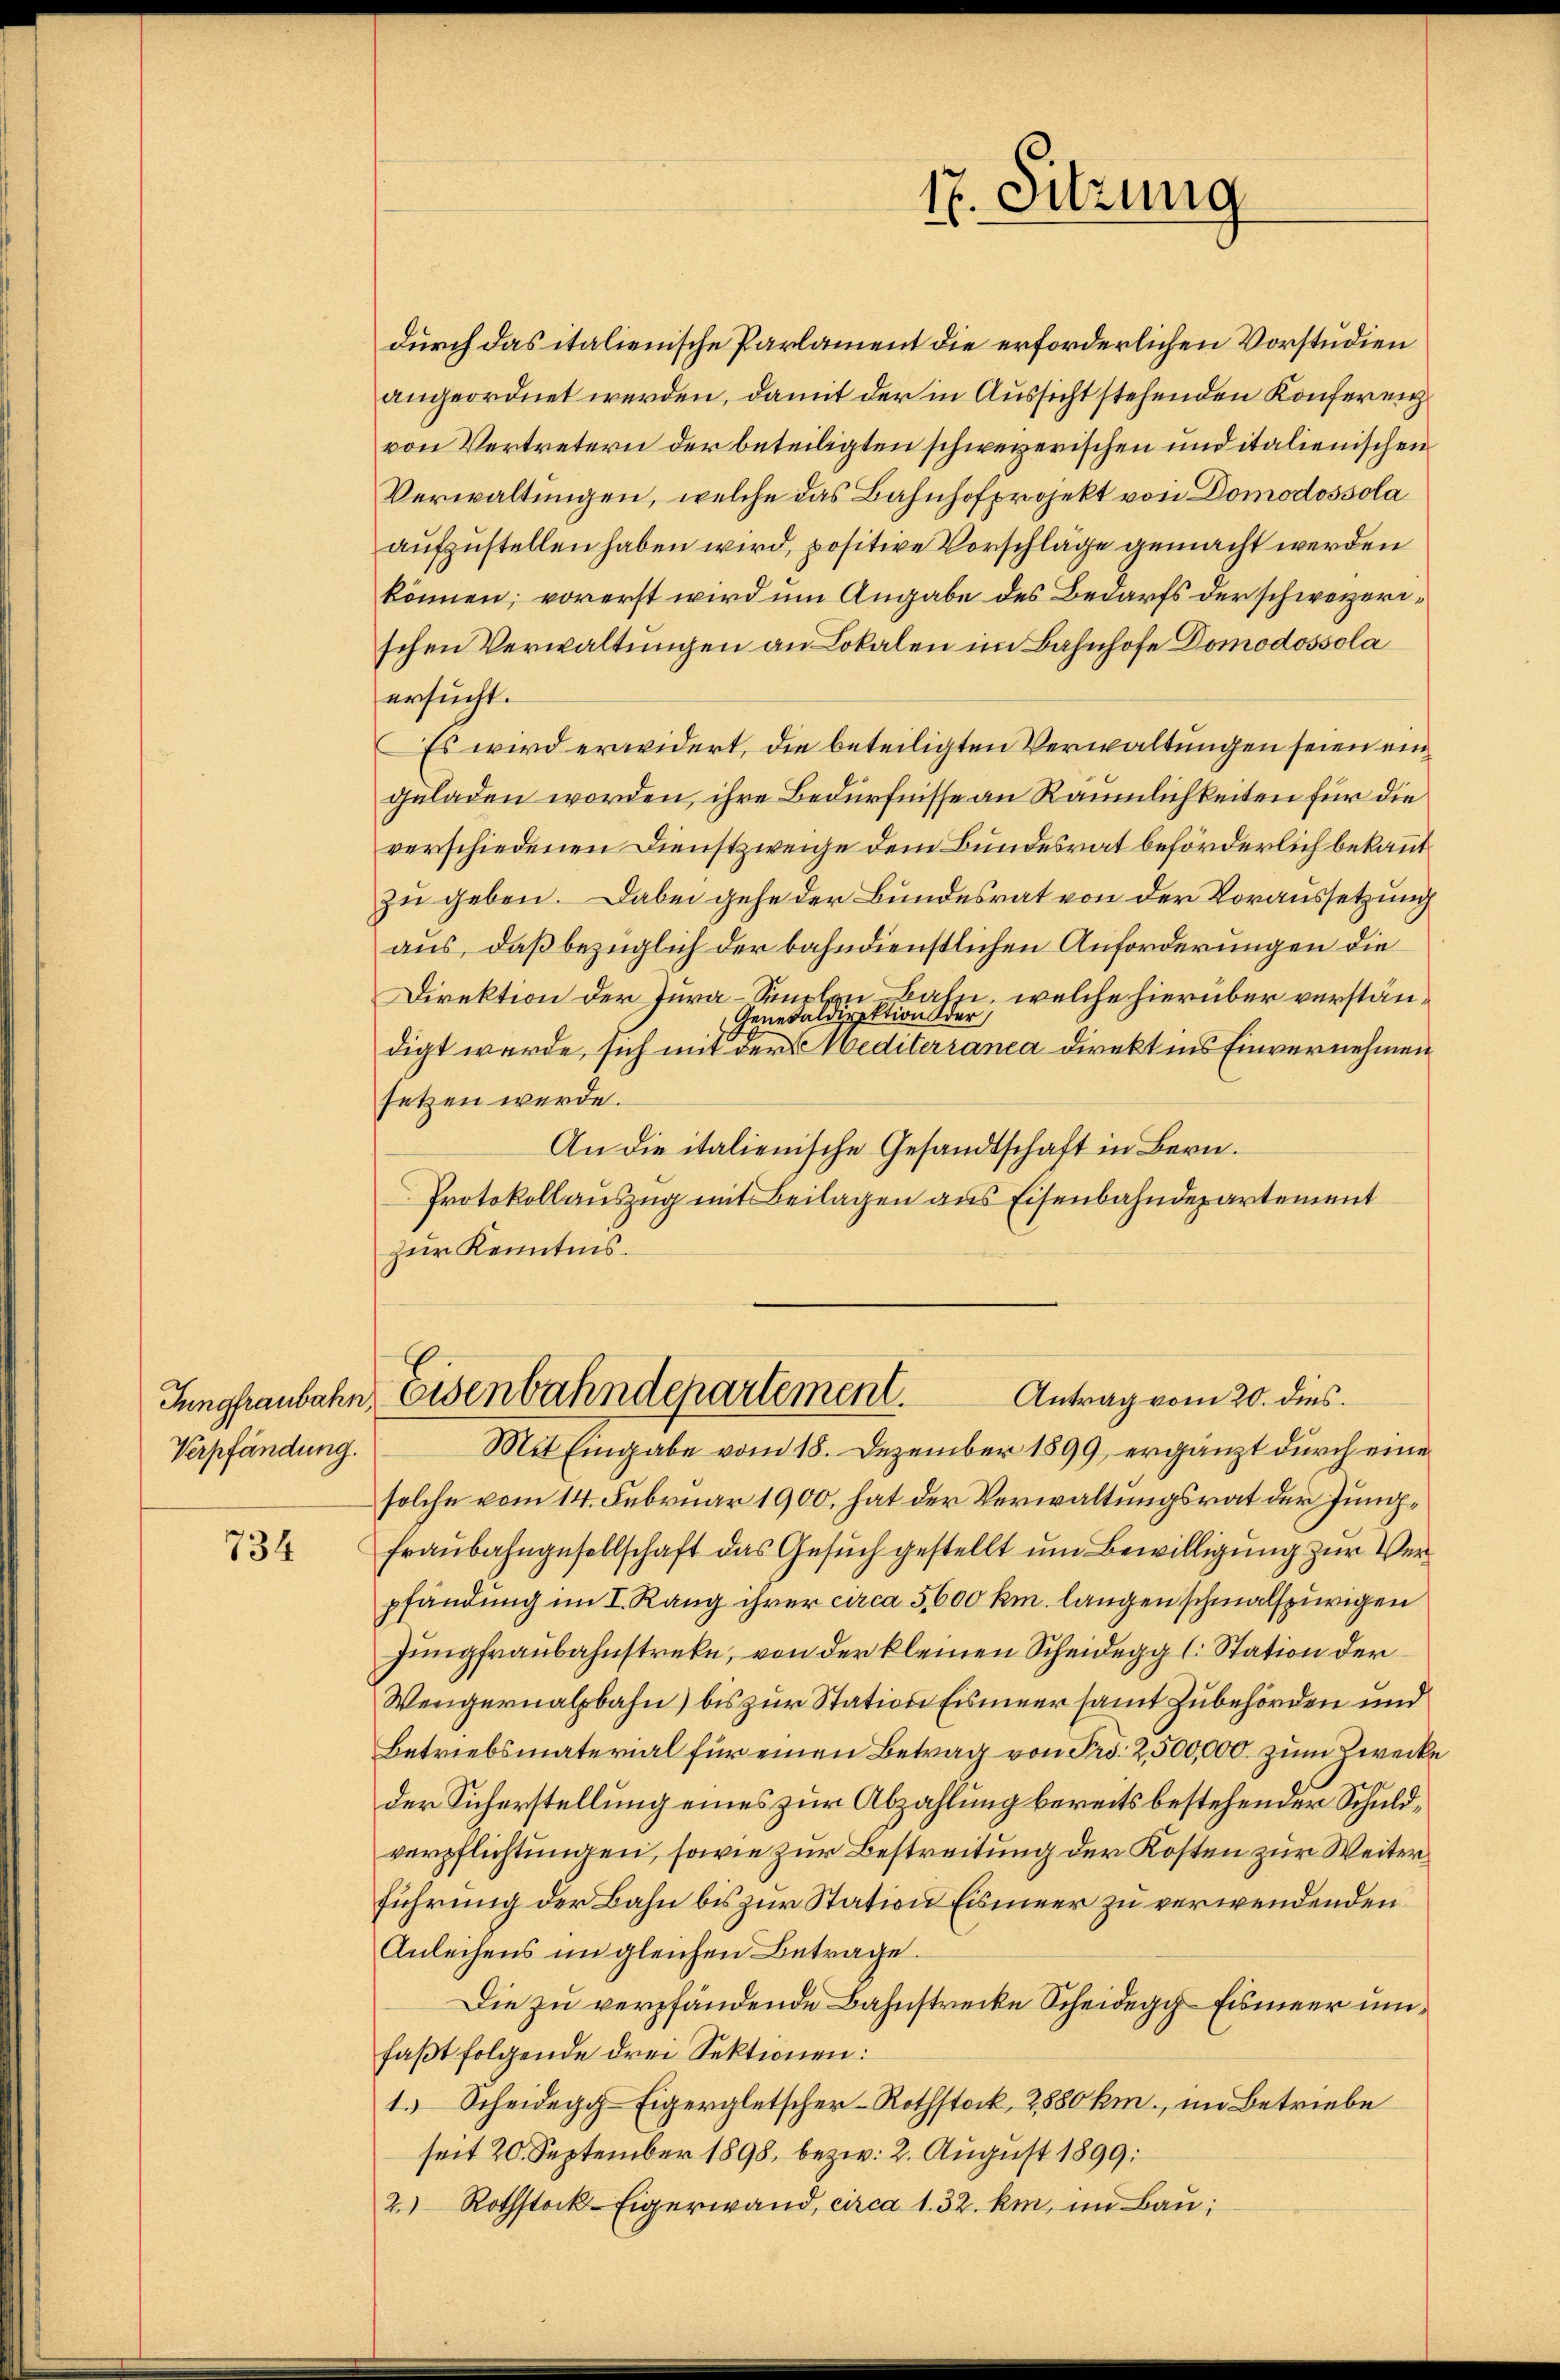
Jungfraubahn,
Verpfändung.

734

durch das italienische Parlament die erforderlichen Vorstudien
angeordnet werden, damit der in Aussicht stehenden Konferenz
von Vertretern der beteiligten schweyerischen und italienischen
Verwaltungen, welche das Bahnhofprojekt von Domodossola
aufzustellen haben wird, positive Vorschläge gemacht werden
können; vorerst wird um Angabe des Bedarfs der schweizerischen Verwaltungen an Lokalen im Bahnhofe Domodossola
ersucht.
Es wird erwidert, die beteiligten Verwaltungen seien eingeladen worden, ihre Bedürfnisse an Räumlichkeiten für die
verschiedenen Dienstzweige dem Bundesrat beförderlich bekannt
zu geben. Dabei gehe der Bundesrat von der Voraussetzung
aus, daß bezüglich der bahndienstlichen Anforderungen die
Direktion der Jura-Smolen Balz, welche hierüber verstän¬
Generaldirektion der
digt werde, sich mit derediterranca direkt ins Einvernehmen
setzen werde.
An die italienische Gesandtschaft in Bern.
Protokollauszug mit Beilagen aus Eisenbahndepartement
zur Kenntnis.
Eisenbahndepartement.
Antrag vom 20. dies
Mit Eingabe vom 18. Dezember 1899 ergänzt durch eine
solche vom 14. Februar 1900, hat der Verwaltungsrat der Jung¬
Fraubahngesellschaft das Gesuch gestellt um Bewilligung zur Verpfändung im I. Rang ihrer circa 5,600 km. langen schmalspurigen
Jungfraubahnstreke, von der kleinen Scheidegg l. Station der
Wengernalbahn) bis zur Station Eismeer samt Zubehörden und
Betriebsmaterial für einen Betrag von Fr. 2500,000 zum Zwecke
der Sicherstellung eines zur Abzahlung bereits bestehender Schuldverpflichtungen, sowie zur Bestreitung der Kosten zur Weiter
führung der Bahn bis zur Station Eismeer zu verwendenden
Anleihens im gleichen Betrage.
Die zu verpfändende Bahnstrecke Scheidegg-Eismeer umfaßt folgende drei Sektionen:
1.) Scheidegg Eigergletscher-Rothstock, 2880 km., im Betriebe
seit 20. September 1898, bezw. 2. August 1899:
2. Rothstock-Eigerwand, circa 1. 32. km, im Bau;

7. Sitzung
6